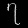
Digit: ၇